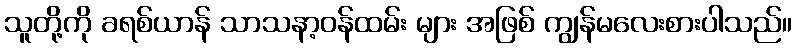
သူတို့ကို ခရစ်ယာန် သာသနာ့ဝန်ထမ်း များ အဖြစ် ကျွန်မလေးစားပါသည်။